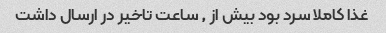
غذا کاملا سرد بود بیش از ٫ ساعت تاخیر در ارسال داشت